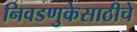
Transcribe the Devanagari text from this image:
निवडणुकेसाठीचे